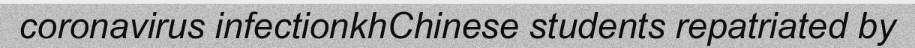
coronavirus infectionkhChinese students repatriated by